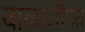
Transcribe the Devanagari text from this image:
बाळाजीपंत